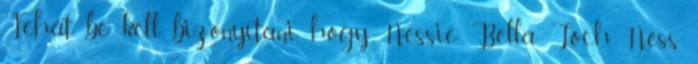
Tehát be kell bizonyítani, hogy Nessie Bella Loch Ness